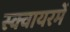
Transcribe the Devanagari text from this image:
स्क्वायरमें